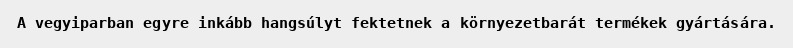
A vegyiparban egyre inkább hangsúlyt fektetnek a környezetbarát termékek gyártására.